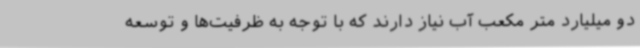
دو میلیارد متر مکعب آب نیاز دارند که با توجه به ظرفیت‌ها و توسعه‌